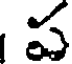
ప